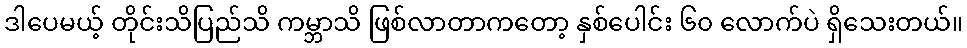
ဒါပေမယ့် တိုင်းသိပြည်သိ ကမ္ဘာသိ ဖြစ်လာတာကတော့ နှစ်ပေါင်း ၆၀ လောက်ပဲ ရှိသေးတယ်။